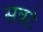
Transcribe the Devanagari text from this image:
सन्नटे